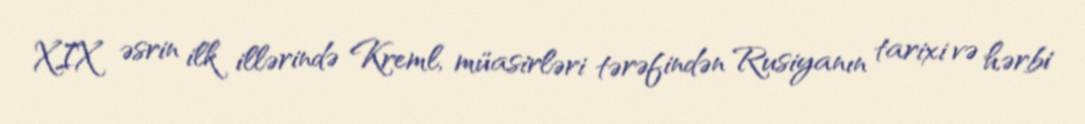
XIX əsrin ilk illərində Kreml, müasirləri tərəfindən Rusiyanın tarixi və hərbi